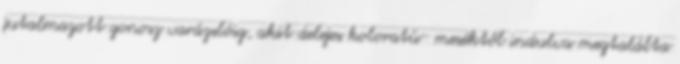
jutalmazott gonosz varázslóig, akit delejes koloratú- meséktől indulva megtalálta